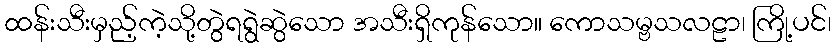
ထန်းသီးမှည့်ကဲ့သို့တွဲရရွဲဆွဲသော အသီးရှိကုန်သော။ ကောသမ္ဗသလဠာ၊ ကြို့ပင်၊